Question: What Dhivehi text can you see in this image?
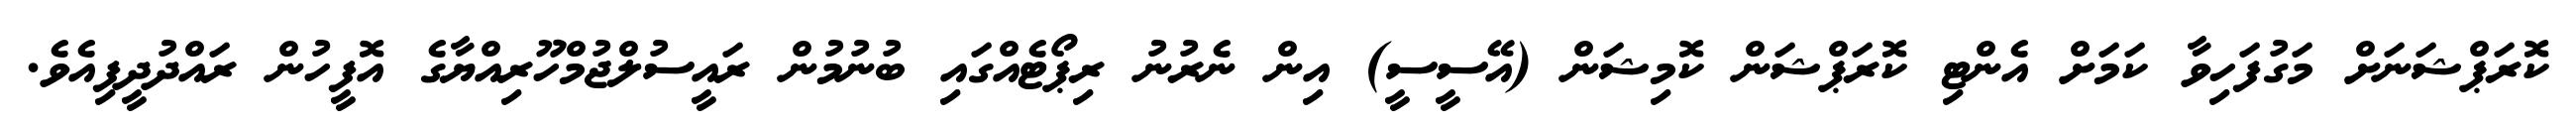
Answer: ކޮރަޕްޝަނަށް މަގުފަހިވާ ކަމަށް އެންޓި ކޮރަޕްޝަން ކޮމިޝަން (އޭސީސީ) އިން ނެރުނު ރިޕޯޓެއްގައި ބުނުމުން ރައީސުލްޖުމްހޫރިއްޔާގެ އޮފީހުން ރައްދުދީފިއެވެ.